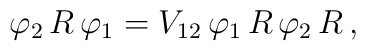
\varphi _2\,R\,\varphi _1=V_{12}\,\varphi _1\,R\,\varphi _2\,R\,,